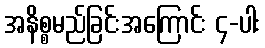
အနိစ္စမည်ခြင်းအကြောင်း ၄-ပါး